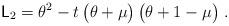
LaTeX: \begin{align*} \mathsf{L}_2 = \theta^2 - t \, \big(\theta + \mu\big) \, \big(\theta + 1 -\mu\big) \;.\end{align*}